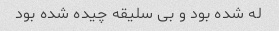
له شده بود و بی سلیقه چیده شده بود